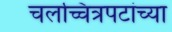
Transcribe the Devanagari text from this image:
चलच्चित्रपटांच्या